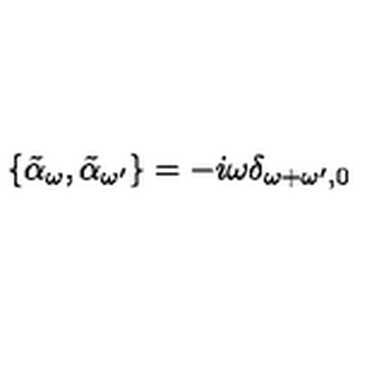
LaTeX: \{ \tilde { \alpha } _ { \omega } , \tilde { \alpha } _ { \omega ^ { \prime } } \} = - i \omega \delta _ { \omega + \omega ^ { \prime } , 0 }